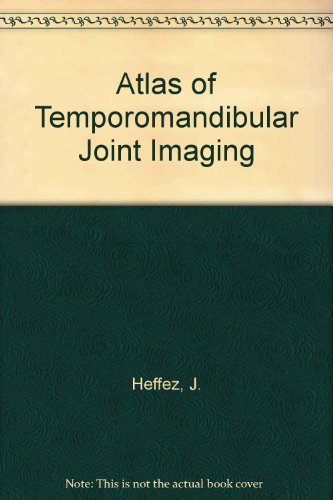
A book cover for Atlas of Temporomandibular Joint Imaging; J. Heffez; Medical Books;